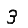
Digit: 3